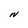
Character: W